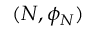
( N , \phi _ { N } )